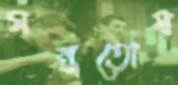
মনুতোষ